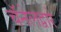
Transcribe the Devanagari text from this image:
चॅनेलद्वारे